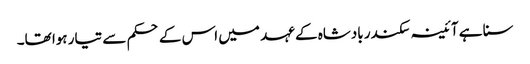
سنا ہے آئینہ سکندر بادشاہ کے عہد میں اس کے حکم سے تیار ہوا تھا۔